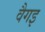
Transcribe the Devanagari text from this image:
वैगइ